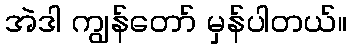
အဲဒါ ကျွန်တော် မှန်ပါတယ်။